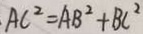
A C ^ { 2 } = A B ^ { 2 } + B C ^ { 2 }